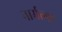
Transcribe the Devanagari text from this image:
नार्मल्स